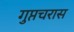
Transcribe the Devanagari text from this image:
गुप्तचरास